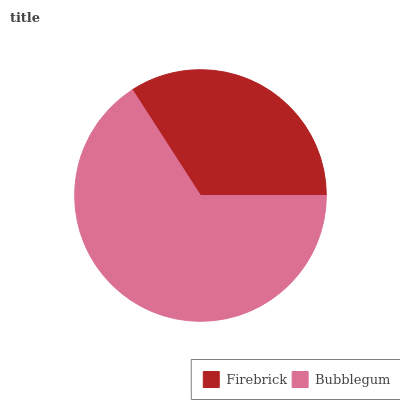
| Firebrick | Bubblegum |
 | --- | --- |
 | 34.1% | 65.9% |